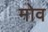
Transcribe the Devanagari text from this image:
मोव